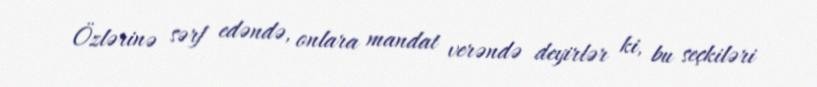
Özlərinə sərf edəndə, onlara mandat verəndə deyirlər ki, bu seçkiləri